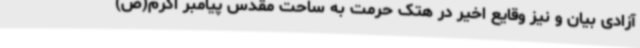
آزادی بیان و نیز وقایع اخیر در هتک حرمت به ساحت مقدس پیامبر اکرم(ص)